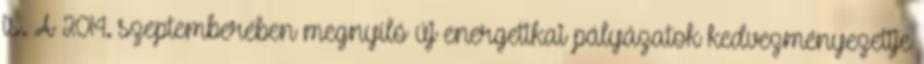
is. A 2014. szeptemberében megnyíló új energetikai pályázatok kedvezményezettje